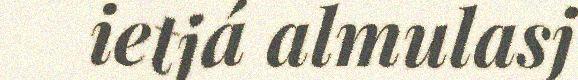
ietjá almulasj